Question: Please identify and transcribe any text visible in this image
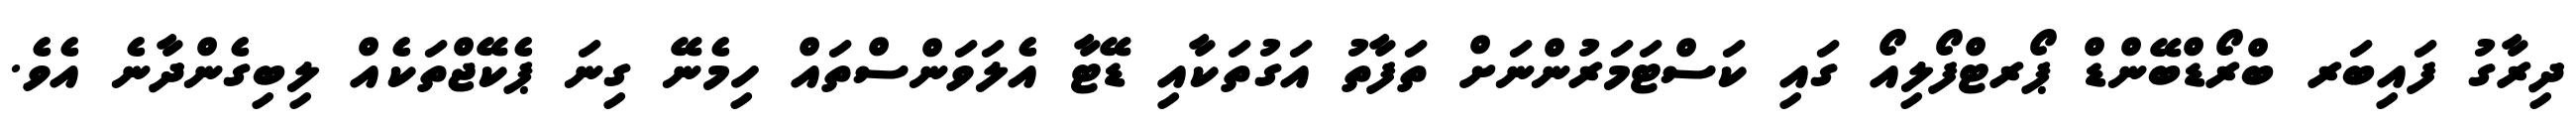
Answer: ދިރާގު ފައިބަރ ބްރޯޑްބޭންޑް ޕޯރޓްފޯލިއޯ ގައި ކަސްޓަމަރުންނަށް ތަފާތު އަގުތަކާއި ޑޭޓާ އެލަވަންސްތައް ހިމެނޭ ގިނަ ޕެކޭޖްތަކެއް ލިބިގެންދާނެ އެވެ.